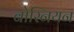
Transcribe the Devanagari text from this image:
बोस्नियन